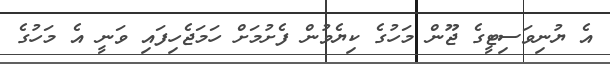
އެ ޔުނިވަސިޓީގެ ޖޫން މަހުގެ ކިޔެވުން ފެށުމަށް ހަމަޖެހިފައި ވަނީ އެ މަހުގެ